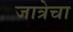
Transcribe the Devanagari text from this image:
जात्रेचा